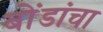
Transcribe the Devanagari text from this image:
बोंडांचा